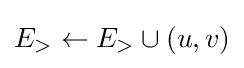
E_{>}\gets E_{>}\cup {(u,v)}